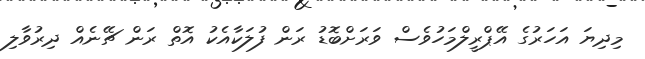
މިދިޔަ އަހަރުގެ އޭޕްރީލްމަހުވެސް ވަރަށްބޮޑު ރަން ފުލަކާއެކު އޮތް ރަން ޗޭނެއް ދިރުވާލި